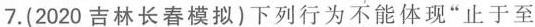
7.(2020吉林长春模拟)下列行为不能体现”止于至